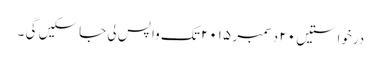
درخواستیں ٢٠ دسمبر ٢٠١٥ تک واپس لی جاسکیں گی ۔